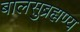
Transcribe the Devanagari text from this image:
बालसुब्रह्मण्य